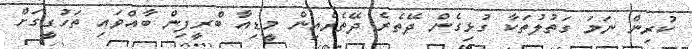
ކުރިން ނަމަ ގަތުލުތަކާ ގުޅިގެން ދޭތެރެ ދޭތެރެއިން މީޑިއާ ބްރީފިން ބާއްވައި ތަހުގީގަށް